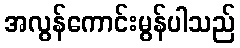
အလွန်ကောင်းမွန်ပါသည်